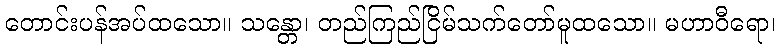
တောင်းပန်အပ်ထသော။ သန္တော၊ တည်ကြည်ငြိမ်သက်တော်မူထသော။ မဟာဝီရော၊